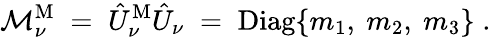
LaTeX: {\cal M}_{\nu}^{\mathrm{M}}\; =\; \hat{U}_{\nu}^{\mathrm{M}}\hat{U}_{\nu}\; =\; \mathrm{Diag}\{ m_{1},~m_{2},~m_{3}\} \; .